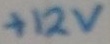
Text: +12V